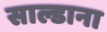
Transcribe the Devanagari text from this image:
साल्डाना